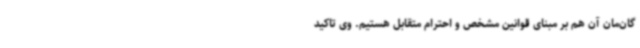
گان‌مان آن هم بر مبنای قوانین مشخص و احترام متقابل هستیم. وی تاکید